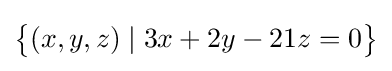
{\bigl \{}(x,y,z)\mid 3x+2y-21z=0{\bigr \}}